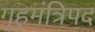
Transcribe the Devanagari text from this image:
गृहमंत्रिपद